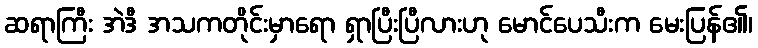
ဆရာကြီး အဲဒီ အသကတိုင်းမှာရော ရှာပြီးပြီလားဟု မောင်ပေသီးက မေးပြန်၏၊